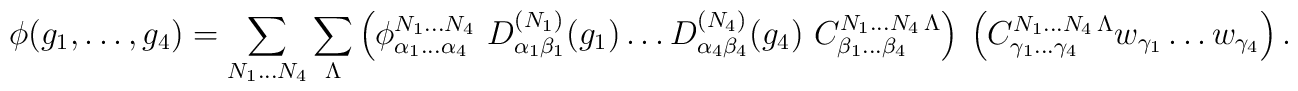
\phi(g_1,\ldots,g_4) = \sum_{N_1\ldots N_4} \sum_\Lambda \left(\phi^{N_1\ldots N_4}_{\alpha_1\ldots\alpha_4}\ D^{(N_1)}_{\alpha_1\beta_1}(g_1) \ldots D^{(N_4)}_{\alpha_4\beta_4}(g_4)\ C^{N_1\ldots N_4\,\Lambda}_{\beta_1\ldots\beta_4}\right) \ \left({C}^{N_1\ldots N_4\,\Lambda}_{\gamma_1\ldots\gamma_4} w_{\gamma_1}\ldots w_{\gamma_4}\right).